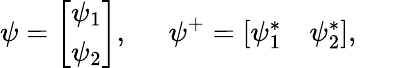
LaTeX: \psi=\left[\begin{array}{c}{{\psi_{1}}}\\ {{\psi_{2}}}\end{array}\right],\; \; \; \; \; \psi^{+}=\left[\begin{array}{cc}{{\psi_{1}^{*}}}&{{\psi_{2}^{*}}}\end{array}\right],\; \; \; \; \;